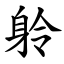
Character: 䠲